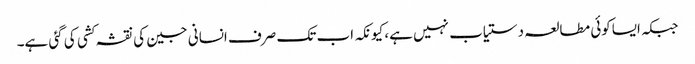
جبکہ ایساکوئی مطالعہ دستیاب نہیں ہے، کیونکہ اب تک صرف انسانی جین کی نقشہ کشی کی گئی ہے۔